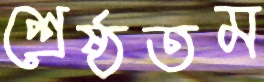
শ্রেষ্ঠতম